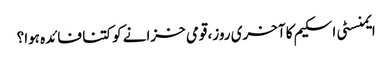
ایمنسٹی اسکیم کا آخری روز، قومی خزانے کو کتنا فائدہ ہوا؟